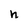
Character: n